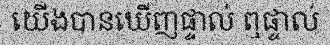
យើងបានឃើញផ្ទាល់ ឮផ្ទាល់